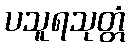
ပသူရသုတ္တံ